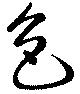
色